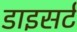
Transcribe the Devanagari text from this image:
डाइसर्ट